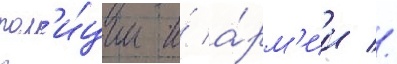
пол'и́ции и́ а́рм'ии //